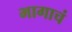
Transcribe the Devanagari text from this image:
भागाचं